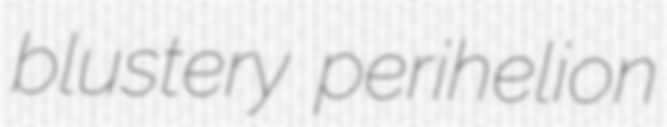
blustery perihelion